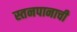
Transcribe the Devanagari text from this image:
स्तनपानाची